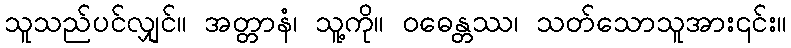
သူသည်ပင်လျှင်။ အတ္တာနံ၊ သူ့ကို။ ဝဓေန္တဿ၊ သတ်သောသူအား၎င်း။